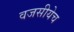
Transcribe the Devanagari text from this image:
वजसीयेच